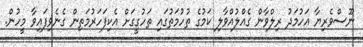
ނޫސްވެރިޔާ އަހުމަދު ރިލްވާން ގެއްލުއްވާލި ކަމުގެ ތުހުމަތުގައި ތަހުގީގަށް އެކިފަހަރުމަތިން ގެނެވިފައިވާ މީހުން.